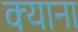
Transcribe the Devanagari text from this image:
क्याना